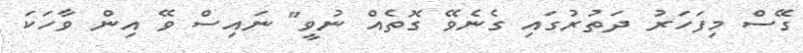
ގޭސް މިފަހަރު ދަތުރުގައި ގެނެވޭ ގޮތެއް ނުވީ" ނައިސް ވޭ އިން ވާހަކަ